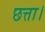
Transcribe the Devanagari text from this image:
छत्ता।